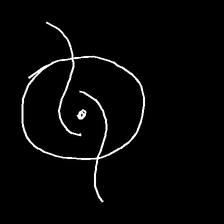
Glyph: repetition